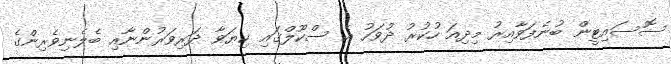
ސޮސައިޓީން ބުނެފަވާއިރު މިދިއަ ހުކުރު ދުވަހު އެ ސްކޫލްގައި ކިޔަވާ ދަރިވަރުންނާއި ބެލެނިވެރިންގެ